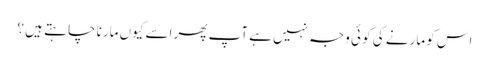
اس کو مارنے کی کو ئی وجہ نہیں ہے آپ پھر اسے کیوں مارنا چا ہتے ہیں ؟